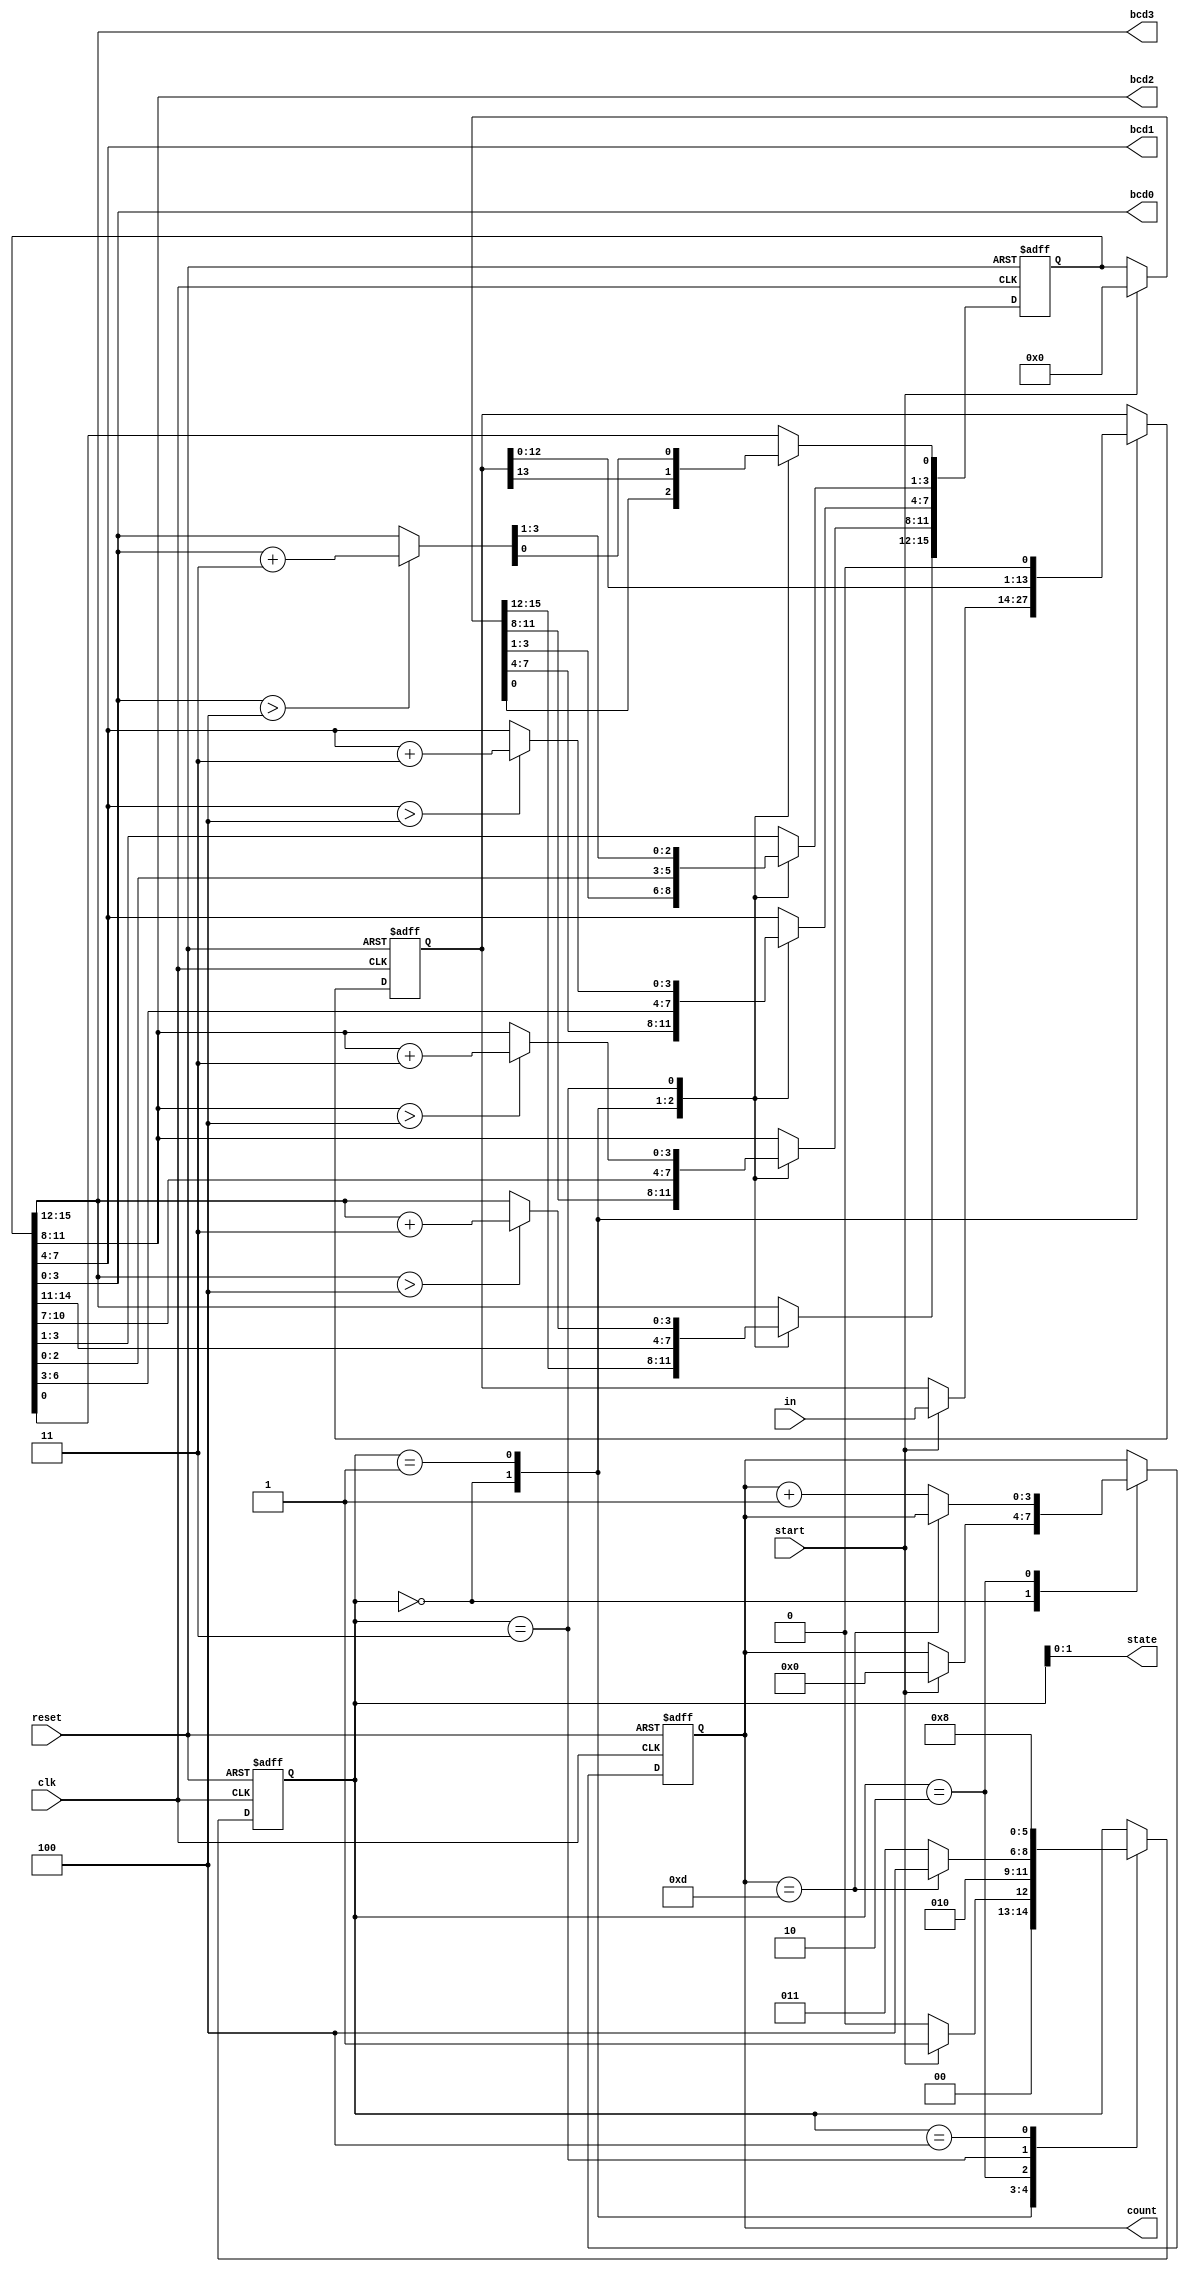
module binary2bcd
    (
        input wire clk, reset,
        input wire start,
        input wire [13:0] in,
        output wire [3:0] bcd3, bcd2,
                          bcd1, bcd0,
        output wire [3:0] count,
        output wire [1:0] state
    );
    
localparam [2:0]     idle               = 3'b000,  // wait for motion timer reg to hit max val
                     shift              = 3'b001,  // move enemy in current dir 15 pixels
                     check_shift        = 3'b010,  // get random_dir from LFSR and set r_addr to block module block_map
                     add                = 3'b011,  // check if new dir is blocked by wall or pillar
                     done               = 3'b100;
                     
localparam  input_width                 = 14;

reg [2:0] bcd_state, bcd_state_next;
reg [15:0] bcd, bcd_next;
reg [13:0] bin_in, bin_in_next;
reg [3:0] shift_index, shift_index_next; 

// infer registers for FSM
always @(posedge clk, posedge reset)
    if (reset)
        begin
        bcd_state           <= idle;
        bcd                 <= 0;          
        bin_in              <= 0;
        shift_index         <= 0;
        end
    else
        begin
        bcd_state           <= bcd_state_next;
        bcd                 <= bcd_next;          
        bin_in              <= bin_in_next;
        shift_index         <= shift_index_next;
        end
 
 always @ *
    begin
    //defaults
      bcd_state_next           = bcd_state;
      bcd_next                 = bcd;          
      bin_in_next              = bin_in;
      shift_index_next         = shift_index;
      
      case (bcd_state)
      idle:         begin
                    if(start)
                        begin
                        bin_in_next = in;
                        bcd_next = 0;
                        shift_index_next = 0;
                        bcd_state_next = shift;
                        end
                    else
                        bcd_state_next = idle;
                    end
      shift:        begin
                        bcd_next = bcd_next << 1;
                        bcd_next[0] = bin_in_next[(input_width - 1)];
                        bin_in_next = bin_in_next << 1;
                        bcd_state_next = check_shift;
                    end
      check_shift:  begin
                    if (shift_index_next == (input_width - 1))
                        begin
                        bcd_state_next = done;
                        end
                    else
                        begin
                        shift_index_next = shift_index_next + 1;
                        bcd_state_next = add;
                        end
                    end
      add:          begin
                    if (bcd_next[15:12] > 4)
                        begin
                        bcd_next[15:12] = bcd_next[15:12] + 3;    
                        end
                    if (bcd_next[11:8] > 4)
                        begin
                        bcd_next[11:8] = bcd_next[11:8] + 3;
                        end
                    if (bcd_next[7:4] > 4)
                        begin
                        bcd_next[7:4] = bcd_next[7:4] + 3;
                        end
                    if( bcd_next[3:0] > 4)
                        begin
                        bcd_next[3:0] = bcd_next[3:0] + 3;
                        end
                    bcd_state_next = shift;
                    end
      done:         begin
                        bcd_state_next = idle;
                    end
      endcase
    end   
    
assign bcd0 = bcd[3:0];
assign bcd1 = bcd[7:4];
assign bcd2 = bcd[11:8];
assign bcd3 = bcd[15:12];

assign count = shift_index;
assign state = bcd_state;
     
endmodule